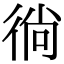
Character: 徜